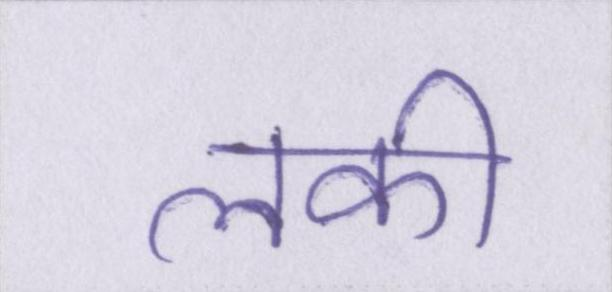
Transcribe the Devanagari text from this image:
लकी